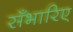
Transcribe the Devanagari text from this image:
सँभारिए